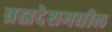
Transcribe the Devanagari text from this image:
ब्रह्मदेशमधील